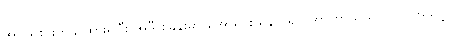
အငယ်စားတခု ထားရှိပြီး အဲဒီ စခန်းမှာ အော်ရိုင်းယန် ရော၊ အာကာသယာဉ် ပါ အသင့်